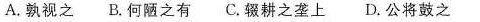
A.孰视之 B.何陋之有 C.辍耕之垄上 D.公将鼓之